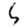
Digit: 5